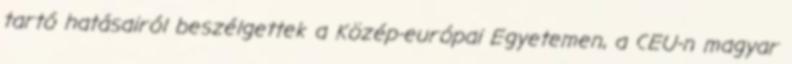
tartó hatásairól beszélgettek a Közép-európai Egyetemen, a CEU-n magyar